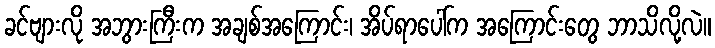
ခင်ဗျားလို အဘွားကြီးက အချစ်အကြောင်း၊ အိပ်ရာပေါ်က အကြောင်းတွေ ဘာသိလို့လဲ။